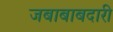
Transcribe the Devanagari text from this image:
जबाबाबदारी